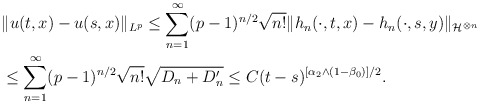
\begin{align*} &\|u(t,x)-u(s,x)\|_{L^p}\le\sum_{n=1}^\infty (p-1)^{n/2}\sqrt{n!} \|h_n(\cdot,t,x)-h_n(\cdot,s,y)\|_{\mathcal H^{\otimes n}} \\ &\le \sum_{n=1}^\infty (p-1)^{n/2}\sqrt{n!} \sqrt{D_n+D_n'}\le C (t-s)^{[\alpha_2\wedge (1-\beta_0)]/2}. \end{align*}